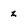
Character: z